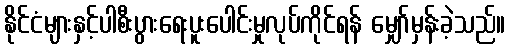
နိုင်ငံများနှင့်ပါစီးပွားရေးပူးပေါင်းမှုလုပ်ကိုင်ရန် မျှော်မှန်းခဲ့သည်။